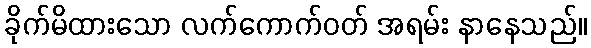
ခိုက်မိထားသော လက်ကောက်ဝတ် အရမ်း နာနေသည်။